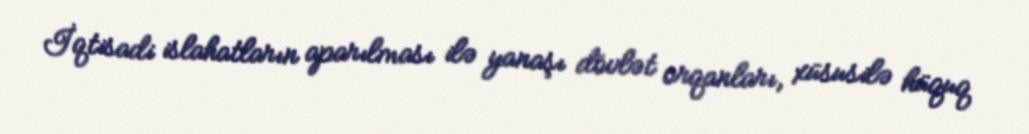
İqtisadi islahatların aparılması ilə yanaşı dövlət orqanları, xüsusilə hüquq